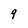
Character: q